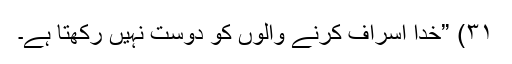
۳۱) ”خدا اسراف کرنے والوں کو دوست نہيں رکھتا ہے۔